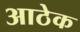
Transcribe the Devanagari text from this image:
आठेक